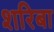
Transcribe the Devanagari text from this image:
शरिबा